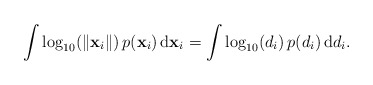
\begin{align*}\int\log_{10}(\Vert\mathbf{x}_{i}\Vert)\, p(\mathbf{x}_{i})\,\mathrm{d}\mathbf{x}_{i}=\int\log_{10}(d_{i})\, p(d_{i})\,\mathrm{d}d_{i}.\end{align*}